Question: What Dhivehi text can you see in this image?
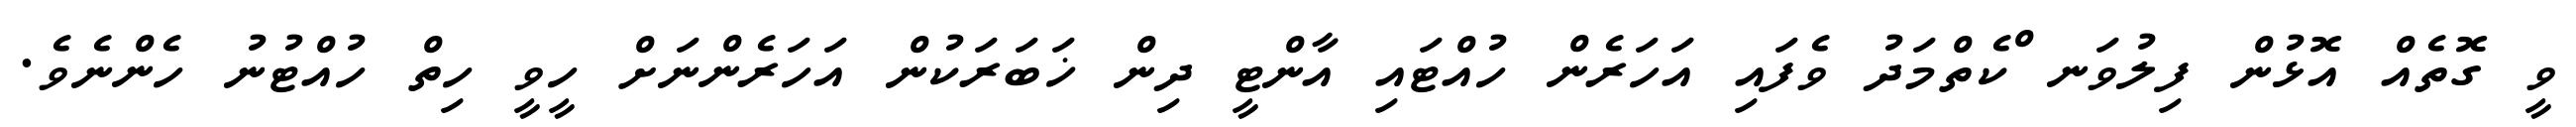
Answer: ވީ ގޮތެއް އޮޅުން ފިލުވަނ ްކެތްމަދު ވެފައި އަހަރެން ހުއްޓައި އާންޓީ ދިން ޚަބަރަކުން އަހަރެންނަށް ހީވީ ހިތް ހުއްޓުނު ހެންނެވެ.